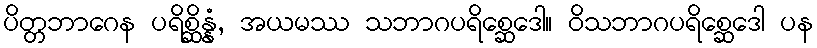
ပိတ္တဘာဂေန ပရိစ္ဆိန္နံ, အယမဿ သဘာဂပရိစ္ဆေဒေါ။ ဝိသဘာဂပရိစ္ဆေဒေါ ပန